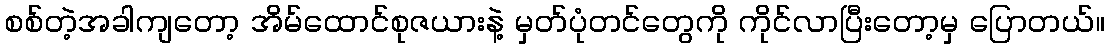
စစ်တဲ့အခါကျတော့ အိမ်ထောင်စုဇယားနဲ့ မှတ်ပုံတင်တွေကို ကိုင်လာပြီးတော့မှ ပြောတယ်။